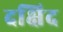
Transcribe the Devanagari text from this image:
दक्षिद